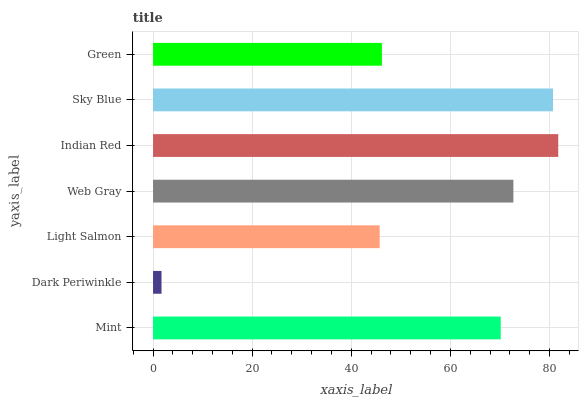
| yaxis_label | bars |
 | --- | --- |
 | Mint | 70.2 |
 | Dark Periwinkle | 1.71 |
 | Light Salmon | 45.7 |
 | Web Gray | 72.7 |
 | Indian Red | 81.8 |
 | Sky Blue | 80.7 |
 | Green | 46.2 |